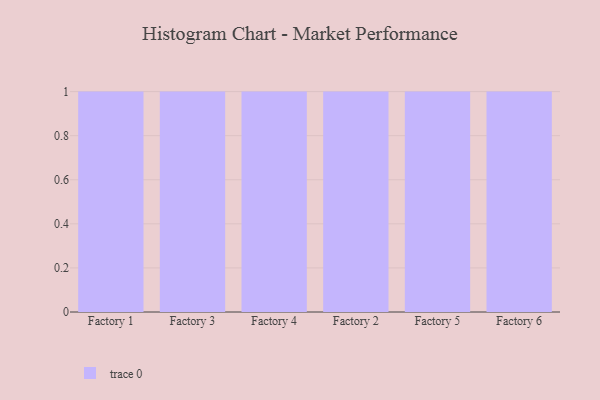
{"axis": {"x": "Factory", "y": "Energy Usage (MWh)"}, "legend": [""], "data": [{"x": "Factory 1", "y": 90, "type": ""}, {"x": "Factory 3", "y": 34, "type": ""}, {"x": "Factory 4", "y": 61, "type": ""}, {"x": "Factory 2", "y": 42, "type": ""}, {"x": "Factory 5", "y": 100, "type": ""}, {"x": "Factory 6", "y": 59, "type": ""}]}